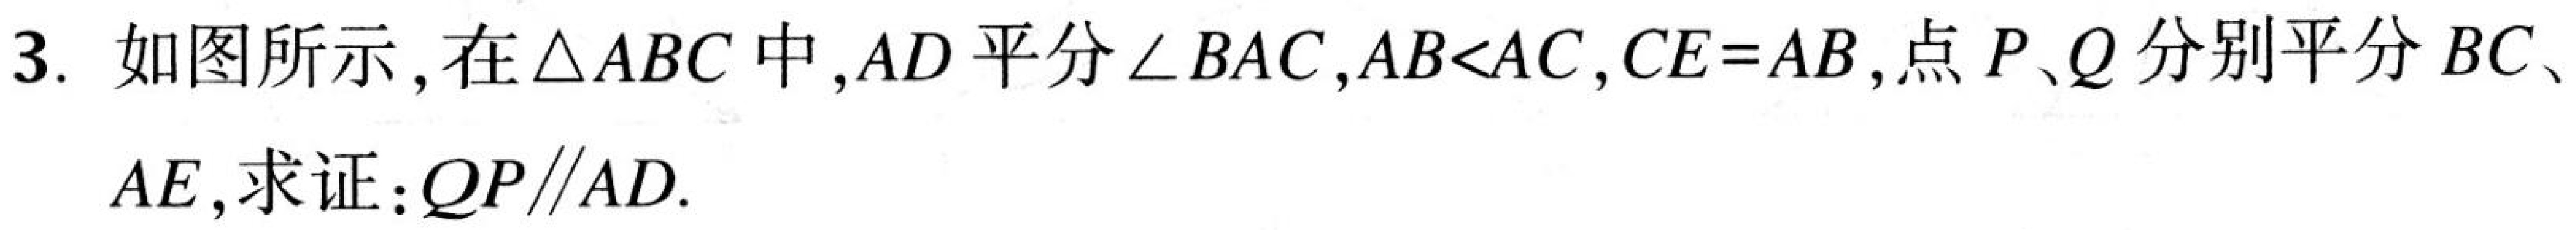
3. 如图所示，在\(\triangle ABC\)中，\(AD\)平分\(\angle BAC\)，\(AB<AC\)，\(CE = AB\)，点\(P、Q\)分别平分\(BC\)、\(AE\)，求证：\(QP\parallel AD\).